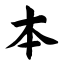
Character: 本